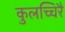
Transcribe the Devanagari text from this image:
कुलच्चिरै